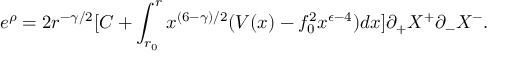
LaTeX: e ^ { \rho } = 2 r ^ { - \gamma / 2 } [ C + \int _ { r _ { 0 } } ^ { r } x ^ { ( 6 - \gamma ) / 2 } ( V ( x ) - f _ { 0 } ^ { 2 } x ^ { \epsilon - 4 } ) d x ] \partial _ { + } X ^ { + } \partial _ { - } X ^ { - } .